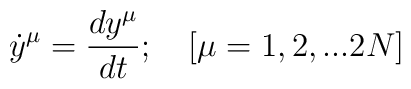
{\dot y}^\mu = {{dy^\mu} \over {dt}}; \quad [\mu = 1,2,...2N]